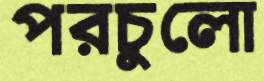
পরচুুলো